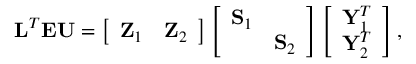
\begin{array} { r } { { \textbf L } ^ { T } { \textbf E } { \textbf U } = \left[ \begin{array} { l l } { { \textbf Z } _ { 1 } } & { { \textbf Z } _ { 2 } } \end{array} \right] \left[ \begin{array} { l l } { { \textbf S } _ { 1 } } & \\ & { { \textbf S } _ { 2 } } \end{array} \right] \left[ \begin{array} { l } { { \textbf Y } _ { 1 } ^ { T } } \\ { { \textbf Y } _ { 2 } ^ { T } } \end{array} \right] , } \end{array}